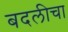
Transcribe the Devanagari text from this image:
बदलीचा